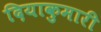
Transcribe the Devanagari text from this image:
दियाकुमारी